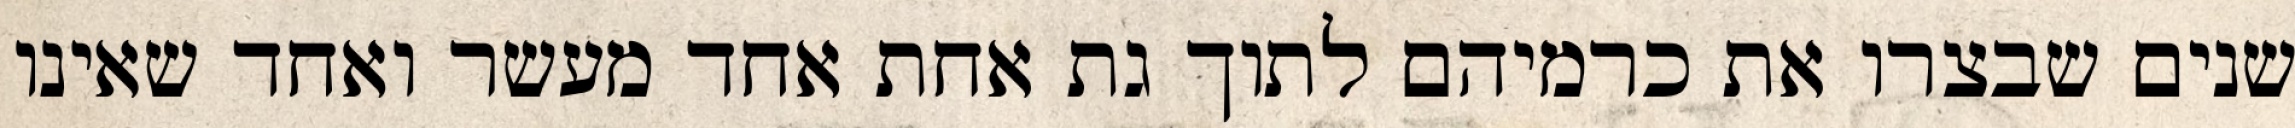
שנים שבצרו את כרמיהם לתוך גת אחת אחד מעשר ואחד שאינו